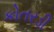
કોતરડી